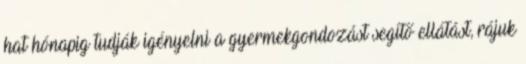
hat hónapig tudják igényelni a gyermekgondozást segítő ellátást, rájuk